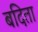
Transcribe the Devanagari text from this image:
बदिता